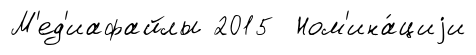
М'ед'иафайлы 2015 Ном'ина́циjи